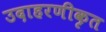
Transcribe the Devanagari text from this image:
उदाहरणीकृत